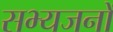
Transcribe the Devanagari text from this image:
सभ्यजनों